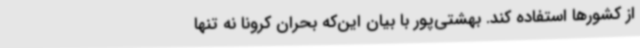
از کشورها استفاده کند. بهشتی‌پور با بیان این‌که بحران کرونا نه تنها